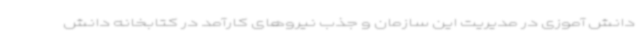
دانش آموزی در مدیریت این سازمان و جذب نیروهای کارآمد در کتابخانه دانش